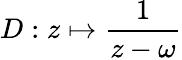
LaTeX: D:z\mapsto\frac{1}{z-\omega}